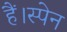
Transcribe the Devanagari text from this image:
हैं।स्पेन